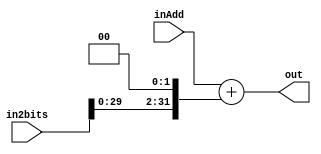
`timescale 1ns /1ps
module add2bits(
	input [31:0]inAdd,in2bits,
	output reg [31:0]out
);
always@(*)
begin
	out=inAdd+(in2bits <<2);
end
initial out=0;
endmodule